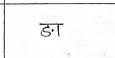
मजकूर: ङा